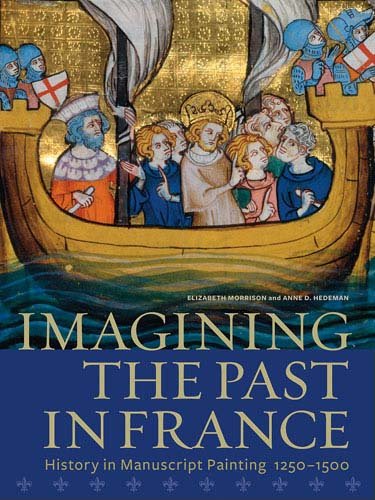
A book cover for Imagining the Past in France: History in Manuscript Painting, 1250-1500; Elizabeth Morrison; Arts & Photography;